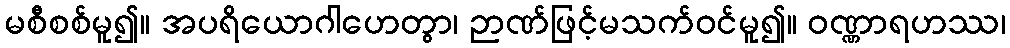
မစီစစ်မူ၍။ အပရိယောဂါဟေတွာ၊ ဉာဏ်ဖြင့်မသက်ဝင်မူ၍။ ဝဏ္ဏာရဟဿ၊